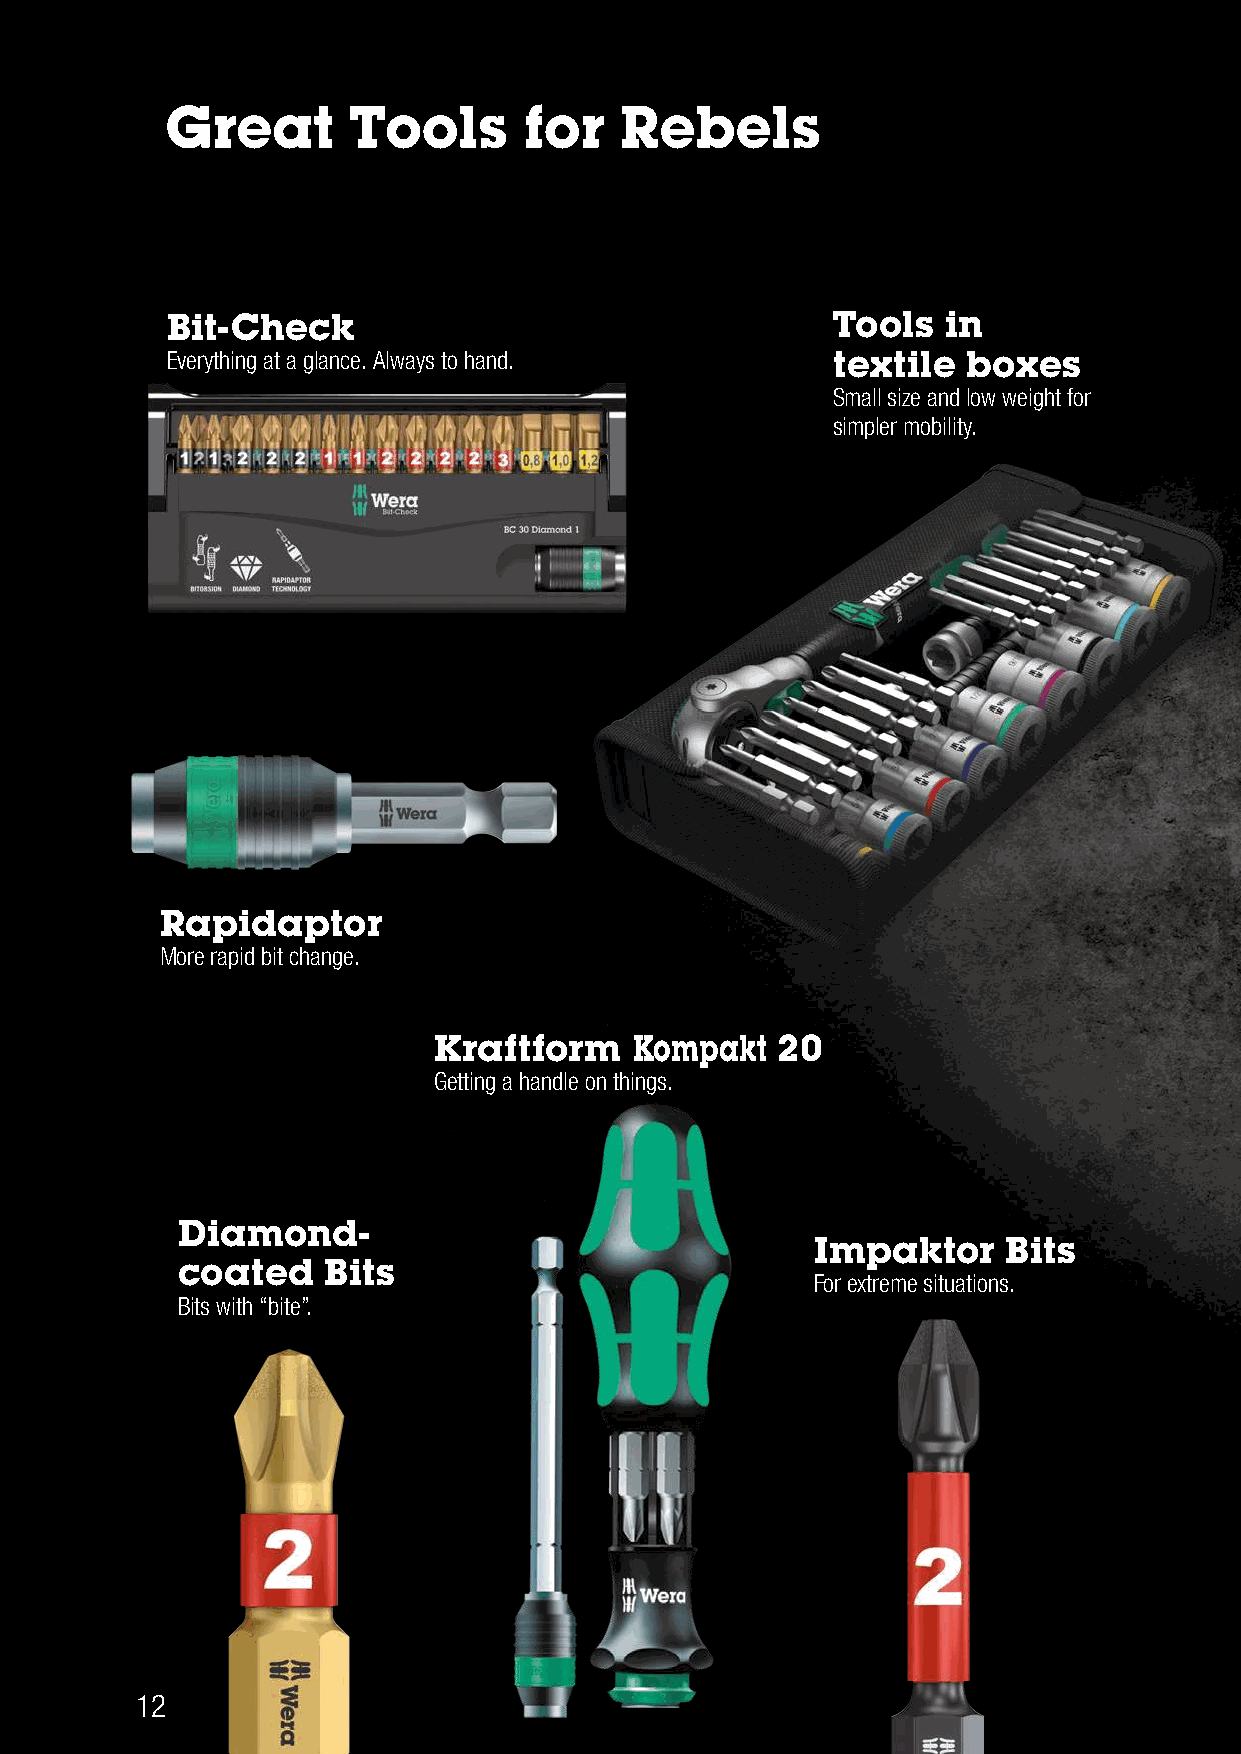
Great       Tools       for   Rebels
 Bit-Check                                   Tools   in
 Everything at a glance. Always to hand.     textile  boxes
 Small size and low weight for
 simpler mobility.
 Rapidaptor
 More rapid bit change.
 Kraftform    Kompakt  20
 Getting a handle on things.
 Diamond-
 Impaktor    Bits
 coated   Bits
 For extreme situations.
 Bits with “bite”.
 12